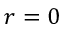
r = 0